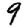
Digit: 9